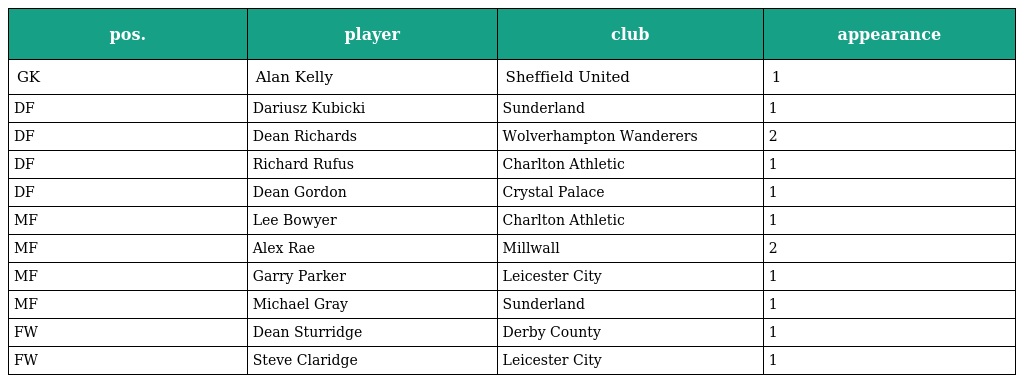
| pos. | player | club | appearance |
 | --- | --- | --- | --- |
 | GK | Alan Kelly | Sheffield United | 1 |
 | DF | Dariusz Kubicki | Sunderland | 1 |
 | DF | Dean Richards | Wolverhampton Wanderers | 2 |
 | DF | Richard Rufus | Charlton Athletic | 1 |
 | DF | Dean Gordon | Crystal Palace | 1 |
 | MF | Lee Bowyer | Charlton Athletic | 1 |
 | MF | Alex Rae | Millwall | 2 |
 | MF | Garry Parker | Leicester City | 1 |
 | MF | Michael Gray | Sunderland | 1 |
 | FW | Dean Sturridge | Derby County | 1 |
 | FW | Steve Claridge | Leicester City | 1 |